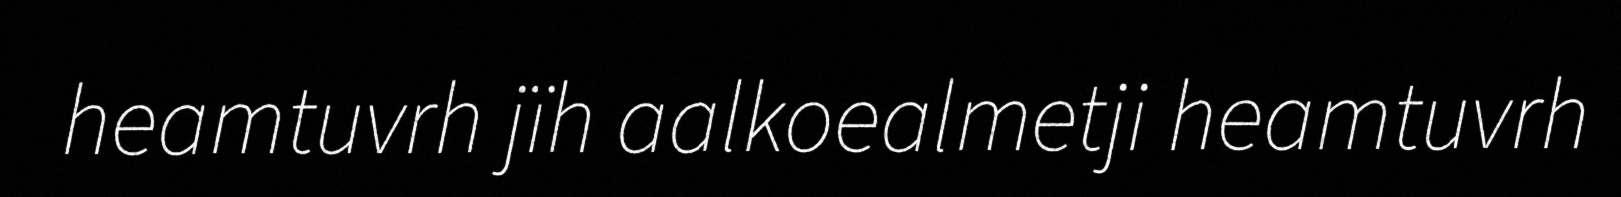
heamtuvrh jïh aalkoealmetji heamtuvrh